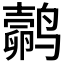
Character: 𬸬